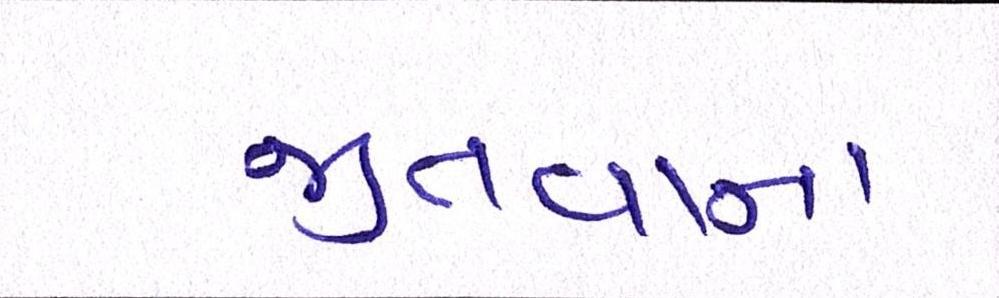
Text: જીતવાના